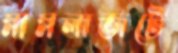
মামলাজটে